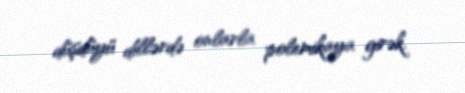
düşdüyü dillərdə onlarla polemikaya girək.